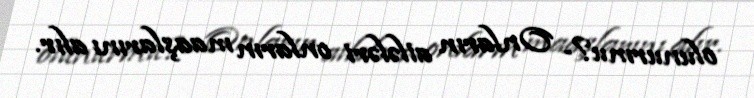
olunurmu?- Onların ailələri onların maaşlarını alır.